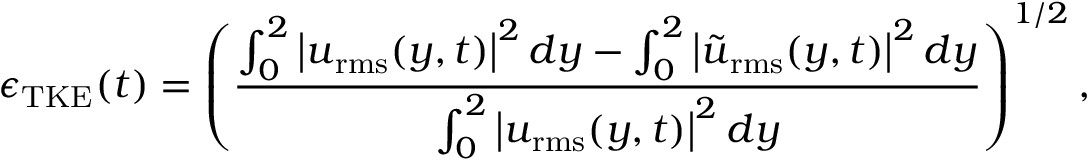
\epsilon _ { \mathrm { T K E } } ( t ) = \left( \frac { \int _ { 0 } ^ { 2 } \left| \boldsymbol { u } _ { \mathrm { r m s } } ( y , t ) \right| ^ { 2 } d y - \int _ { 0 } ^ { 2 } \left| \boldsymbol { \tilde { u } } _ { \mathrm { r m s } } ( y , t ) \right| ^ { 2 } d y } { \int _ { 0 } ^ { 2 } \left| \boldsymbol { u } _ { \mathrm { r m s } } ( y , t ) \right| ^ { 2 } d y } \right) ^ { 1 / 2 } ,